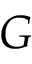
G